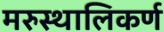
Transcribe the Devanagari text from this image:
मरुस्थालिकर्ण